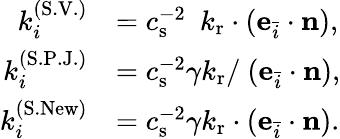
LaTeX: \begin{array}{rl}{k_{i}^{(\mathrm{S.V.})}}&{=c_{\mathrm{s}}^{-2}\ \ k_{\mathrm{r}}\cdot(\mathbf{e}_{\bar{i}}\cdot\mathbf{n}),}\\ {k_{i}^{(\mathrm{S.P.J.})}}&{=c_{\mathrm{s}}^{-2}\gamma k_{\mathrm{r}}/\ (\mathbf{e}_{\bar{i}}\cdot\mathbf{n}),}\\ {k_{i}^{(\mathrm{S.New})}}&{=c_{\mathrm{s}}^{-2}\gamma k_{\mathrm{r}}\cdot(\mathbf{e}_{\bar{i}}\cdot\mathbf{n}).}\end{array}